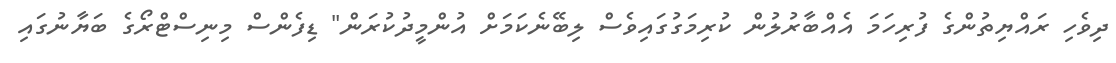
ދިވެހި ރައްޔިތުންގެ ފުރިހަމަ އެއްބާރުލުން ކުރިމަގުގައިވެސް ލިބޭނެކަމަށް އުންމީދުކުރަން" ޑިފެންސް މިނިސްޓްރޯގެ ބަޔާނުގައި